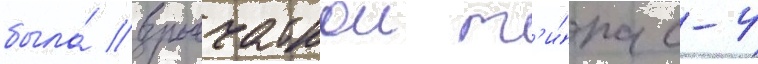
была́ взрывчаткои т'и́па с-4